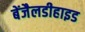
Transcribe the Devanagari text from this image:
बेंजैलडीहाइड